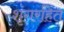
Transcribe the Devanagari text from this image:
शृंगरहित